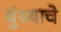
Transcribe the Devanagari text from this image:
बुंध्याचे